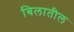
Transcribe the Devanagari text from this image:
बिलातील